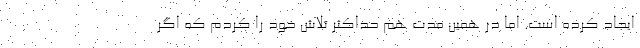
ايجاد كرده است. اما در همين مدت هم حداكثر تلاش خود را كردم كه اگر